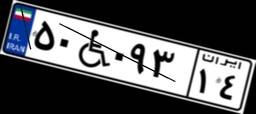
۹۹W۴۷۲۰۰